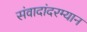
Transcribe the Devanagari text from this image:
संवादांदरम्यान